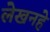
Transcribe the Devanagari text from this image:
लेखनहे